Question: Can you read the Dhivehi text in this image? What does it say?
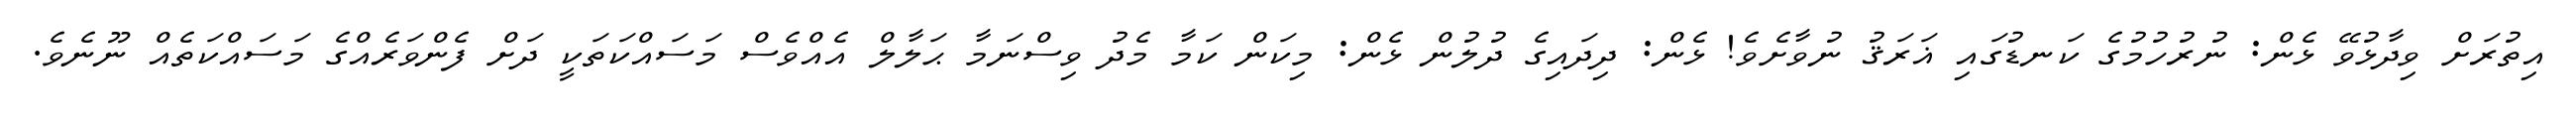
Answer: އިތުރަށް ވިދާޅުވޭ ޅެން: ނުރުހުމުގެ ކަނޑުގައި ޣަރަޤު ނުވާށެވެ! ޅެން: ދިދައިގެ ދުލުން ޅެން: މިކަން ކަމާ މެދު ވިސްނަމާ ޙަލާލް އެއްވެސް މަސައްކަތަކީ ދަށް ފެންވަރެއްގެ މަސައްކަތެއް ނޫނެވެ.